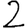
Digit: 2